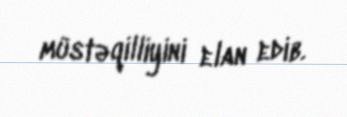
müstəqilliyini elan edib.